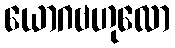
ယောဂဗဟုလော